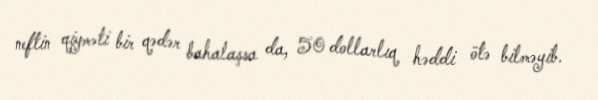
neftin qiyməti bir qədər bahalaşsa da, 50 dollarlıq həddi ötə bilməyib.